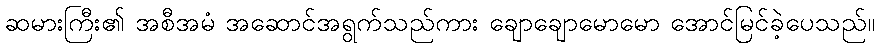
ဆမားကြီး၏ အစီအမံ အဆောင်အရွက်သည်ကား ချောချောမောမော အောင်မြင်ခဲ့ပေသည်။